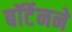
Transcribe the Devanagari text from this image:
बॉर्टेनने